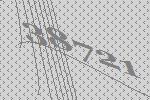
38721